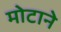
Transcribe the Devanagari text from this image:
मोटाने